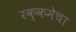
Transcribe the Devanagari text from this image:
रक्कमेचा